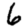
Digit: 6